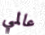
عالمي